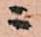
ニ